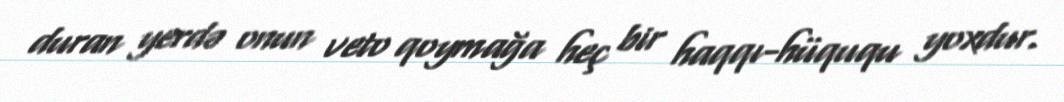
duran yerdə onun veto qoymağa heç bir haqqı-hüququ yoxdur.